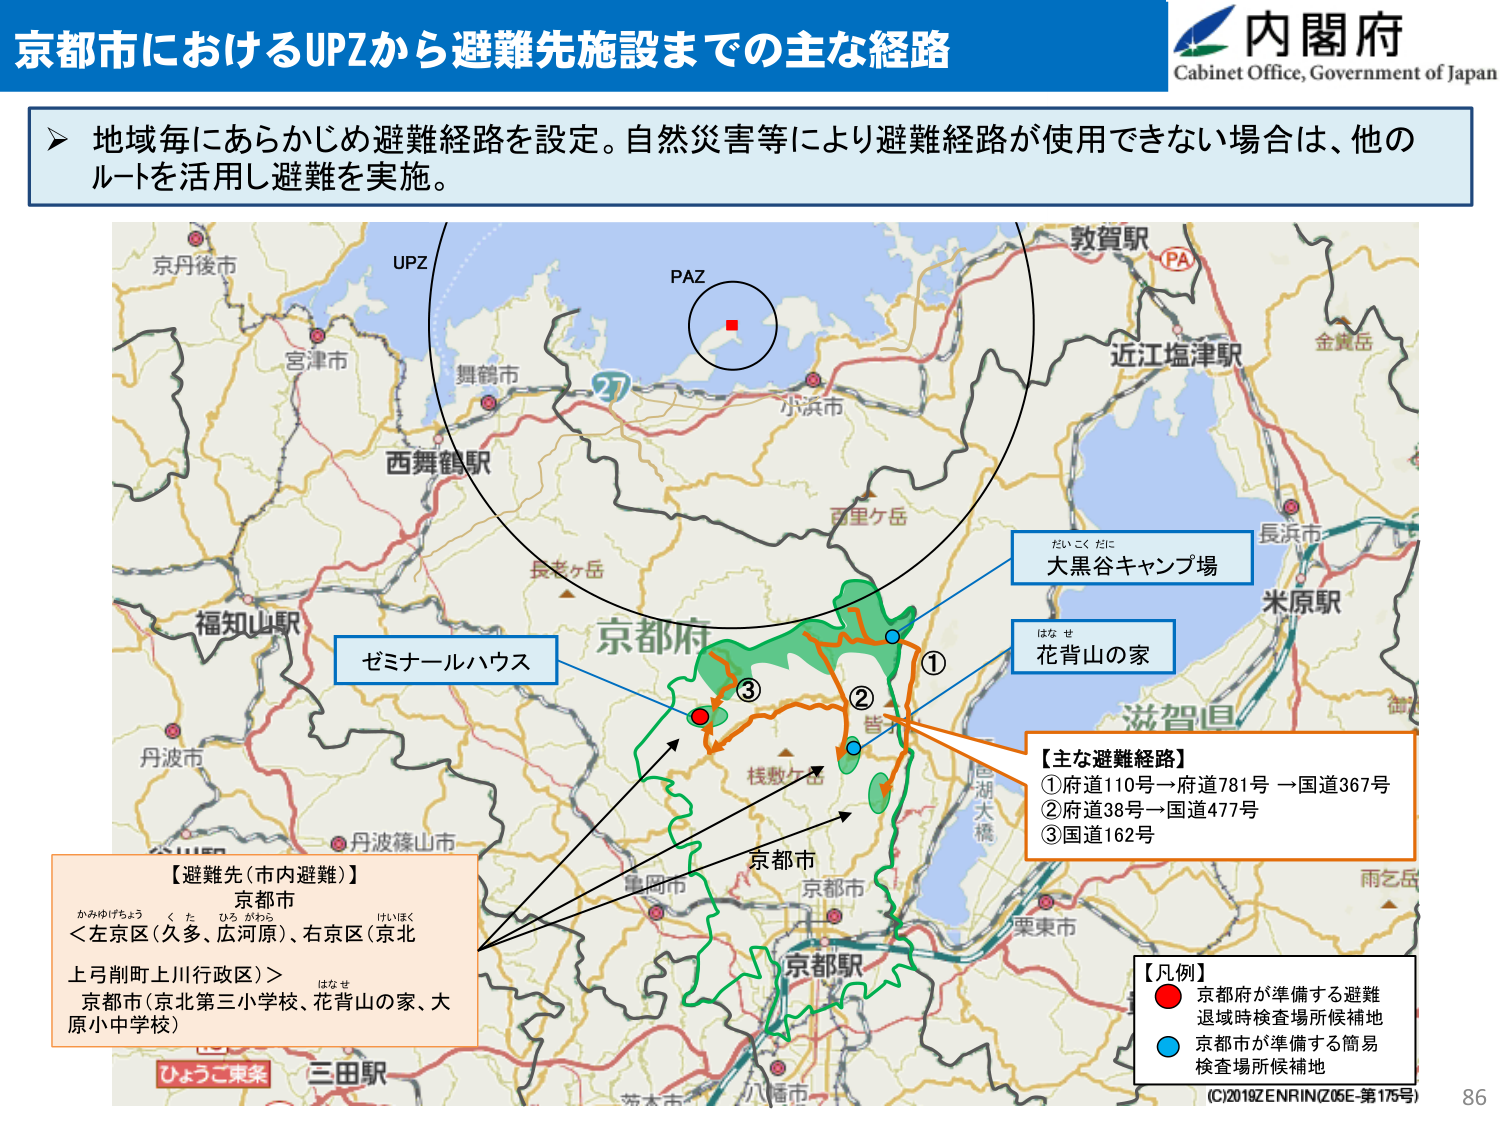
京都市におけるUPZから避難先施設までの主な経路

内閣府
Cabinet Office, Government of Japan

▶ 地域毎にあらかじめ避難経路を設定。自然災害等により避難経路が使用できない場合は、他のルートを活用し避難を実施。

京丹後市
UPZ
宮津市
舞鶴市
西舞鶴駅
PAZ
小浜市
敦賀駅
PA
近江塩津駅
金賀岳
百里ヶ岳
長浜市
米原駅
福知山駅
丹波市
丹波篠山市
京都市
京都駅
八幡市
栗東市
雨乞岳
滋賀県
琵琶湖大橋
桂敷ヶ岳
京都市
亀岡市
ひょうご東条
三田駅
はなせ
花背山の家
はいこくだに
大黒谷キャンプ場
ゼミナールハウス
①
②
③
【主な避難経路】
①府道110号→府道781号→国道367号
②府道38号→国道477号
③国道162号

【避難先（市内避難）】
京都市
かみゆげちょう くた ひろがわら けいほく
＜左京区（久多、広河原）、右京区（京北
上弓削町上川行政区）＞
はなせ
京都市（京北第三小学校、花背山の家、大
原小中学校）

【凡例】
● 京都府が準備する避難
退域時検査場所候補地
○ 京都市が準備する簡易
検査場所候補地

(C)2018ZENRIN(Z05E-第175号)
86